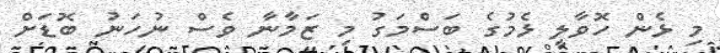
މި ޅެން ހޮވާލީ ޅެމުގެ ބަސްމަގު މި ޒަމާނާ ވެސް ނުހަނު ބޮޑަށް